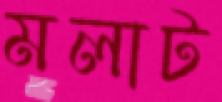
মলাট